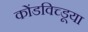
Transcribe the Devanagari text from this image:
कोंडविच्डूया